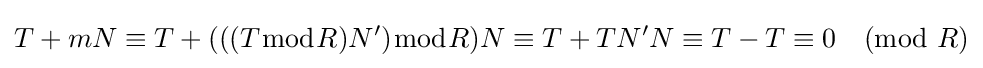
T+mN\equiv T+(((T{\bmod {R}})N'){\bmod {R}})N\equiv T+TN'N\equiv T-T\equiv 0{\pmod {R}}